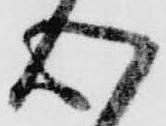
心